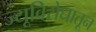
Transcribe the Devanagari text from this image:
ज्यूविरोधातून